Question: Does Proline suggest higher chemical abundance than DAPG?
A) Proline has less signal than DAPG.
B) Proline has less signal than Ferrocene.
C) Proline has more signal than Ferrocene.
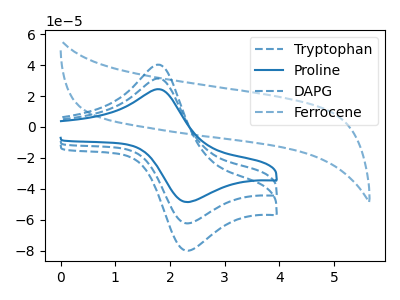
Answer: <think>The blue dashed curve "Tryptophan" has an anodic peak at (1.80V, 62.60uA) and a cathodic peak at (2.30V, -124.55uA). The blue curve "Proline" has an anodic peak at (1.80V, 24.40uA) and a cathodic peak at (2.30V, -48.50uA). The blue dashed curve "DAPG" has an anodic peak at (1.80V, 31.30uA) and a cathodic peak at (2.30V, -62.30uA). The blue dashed curve "Ferrocene" has no peaks.
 All the peaks in "Proline" have a peak in "DAPG" at the same potential. Every peak in "Proline" is lower than every peak in "DAPG".</think>
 <answer>A) "Proline" has less signal than "DAPG".</answer>
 <eval>A</eval>